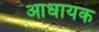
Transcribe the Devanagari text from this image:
आधायक